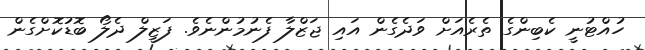
ހުއްޓުނީ ކެބިންގެ ތެރެއަށް ވަދެގެން އައި ޖަޒްލާ ފެނުމުންނެވެ. ފަޒީލް ދެލޯ ބޮޑުކޮށްގެން